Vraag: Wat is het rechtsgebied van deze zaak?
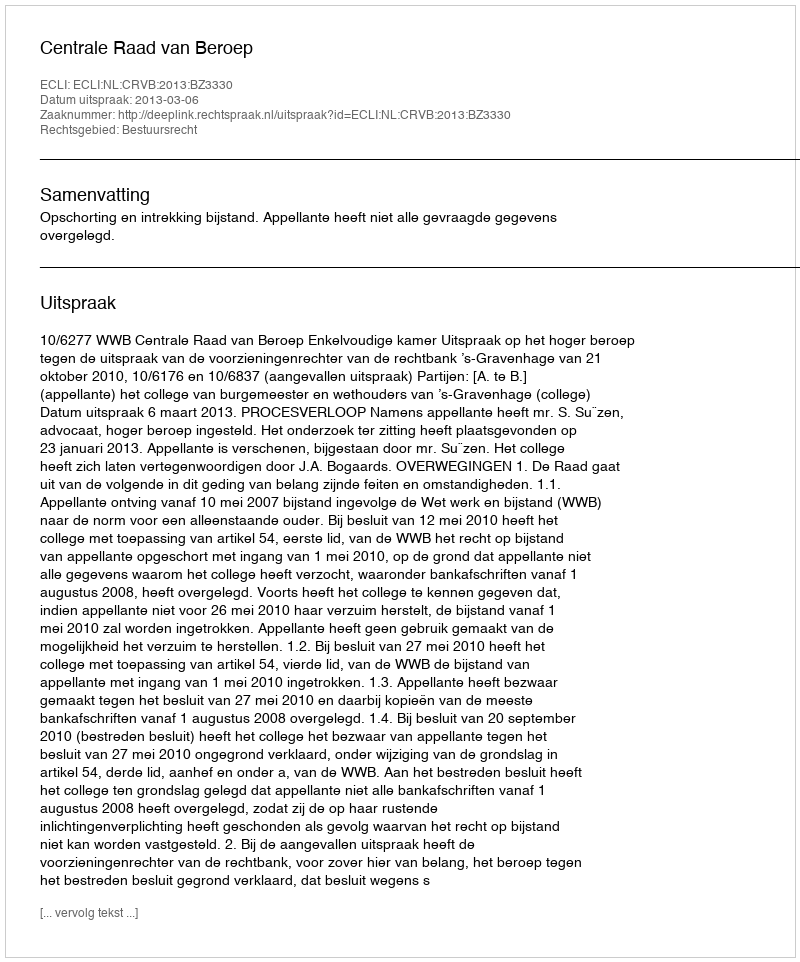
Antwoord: Bestuursrecht